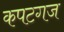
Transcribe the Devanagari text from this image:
कपटगज